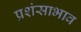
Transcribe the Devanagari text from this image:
प्रशंसाभाव